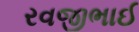
રવજીભાઈ